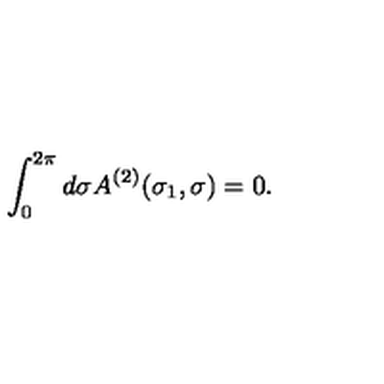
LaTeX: \int _ { 0 } ^ { 2 \pi } d \sigma A ^ { ( 2 ) } ( \sigma _ { 1 } , \sigma ) = 0 .